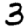
Digit: 3